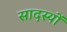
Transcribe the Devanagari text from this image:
सादस्यों